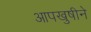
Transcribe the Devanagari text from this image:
आपखुषीने